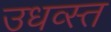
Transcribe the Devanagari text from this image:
उधव्स्त